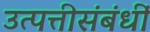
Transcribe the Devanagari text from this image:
उत्पत्तीसंबंधीं